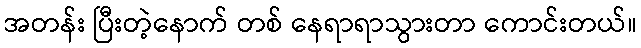
အတန်း ပြီးတဲ့နောက် တစ် နေရာရာသွားတာ ကောင်းတယ်။